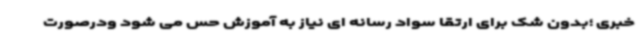
خبری ؛بدون شک برای ارتقا سواد رسانه ای نیاز به آموزش حس می شود ودرصورت